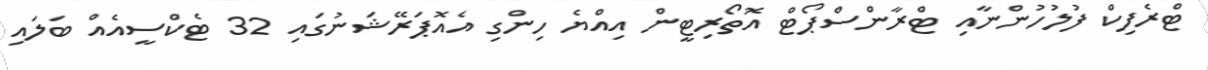
ޓްރެފިކް ފުލުހުންނާއި ޓްރާންސްޕޯޓް އޮތޯރިޓީން އިއްޔެ ހިންގި އެއޮޕަރޭޝަނުގައި 32 ޓެކްސީއެއް ބަލައި